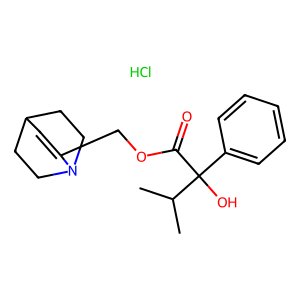
SMILES: CC(C)C(O)(C(=O)OCC1=CC2CCN1CC2)c1ccccc1.Cl
Inhibits HIV replication: No